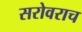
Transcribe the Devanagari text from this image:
सरोवराच